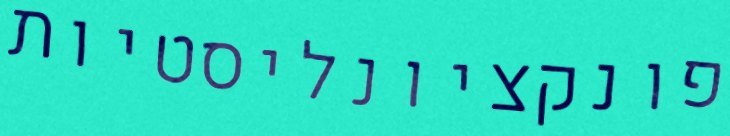
פונקציונליסטיות